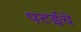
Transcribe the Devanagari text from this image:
पटईचे